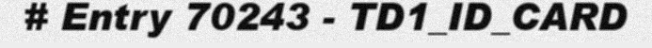
# Entry 70243 - TD1_ID_CARD